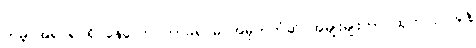
ကမ္ဘာအရပ်ရပ်ရှိ နေလောင်ကာခရင်မ် အမှတ်တံဆိပ်အမျိုးမျိုးဟာ ထုတ်လုပ်သူနဲ့